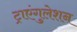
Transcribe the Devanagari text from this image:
ट्राएंगुलेशन